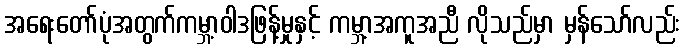
အရေးတော်ပုံအတွက်ကမ္ဘာ့ဝါဒဖြန့်မှုနှင့် ကမ္ဘာ့အကူအညီ လိုသည်မှာ မှန်သော်လည်း